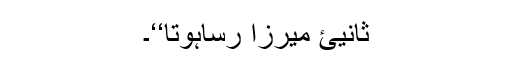
ثانیئ میرزا رساؔہوتا‘‘۔